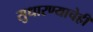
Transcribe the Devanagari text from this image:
सुधारण्याचेही